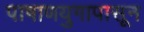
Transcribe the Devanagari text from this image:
पाषाणयुगापासून